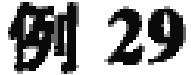
例 29